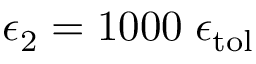
\epsilon _ { 2 } = 1 0 0 0 \; \epsilon _ { \mathrm { { t o l } } }